Lunatic asylums Burma 1907-21 - 1907-1921
Year: 1907
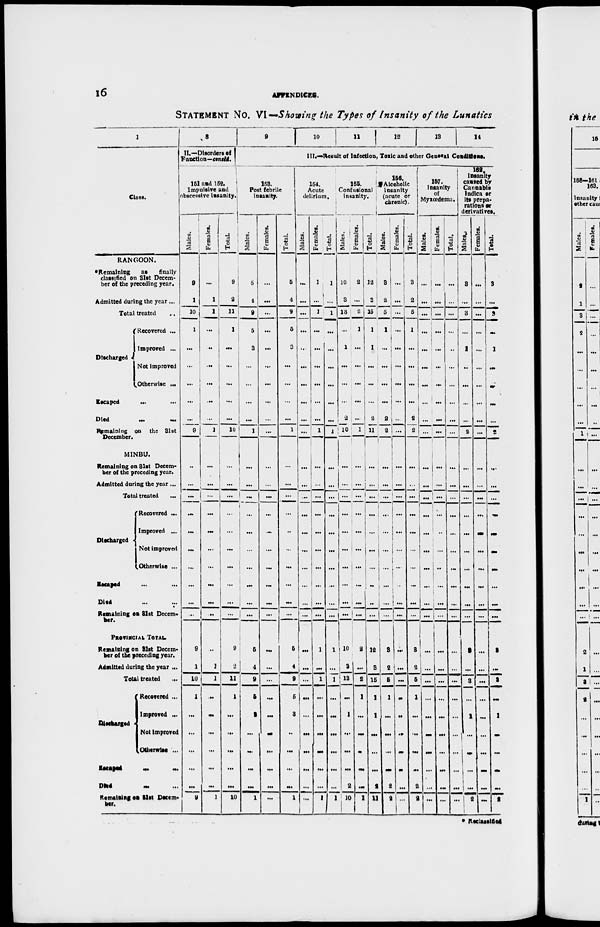
16
APPENDICES.
STATEMENT NO. VI—Showing the Types of Insanity of the Lunatics
1
Class.
RANGOON.
*Remaining
as
finaily
classified on 31st Decem-
ber of the preceding year.
Admitted during the year ...
Total treated ...
Discharged
Recovered ...
Improved ...
Not improved
Otherwise ...
Escaped ... ...
Died
...
...
Remaining on the 31st
December.
MINBU.
Remaining on 31st Decem-
ber of the preceding year.
Admitted during the year ...
Total treated
...
Discharged
Recovered ...
Improved ...
Not improved
Otherwise ...
Escaped ... ...
Died ... ...
Remaining on 31st Decem-
ber.
PROVINCIAL TOTAL
Remaining on 31st Decem-
ber of the preceding year.
Admitted during the year ...
Total treated
...
Discharged
Recovered ...
Improved ...
Not improved
Otherwise ...
Escaped ... ...
Died
... ...
Remaining en 31st Decem-
ber.
8
II.—Disorders of
Function—concld.
151 and 152.
Impulsive and
obscessive insanity.
Males.
9
1
10
1
...
...
...
...
...
9
...
...
...
...
...
...
...
...
...
...
9
1
10
1
...
...
...
...
...
9
Females.
...
1
1
...
...
...
...
...
...
1
...
...
...
...
...
...
...
...
...
...
...
1
1
...
...
...
...
...
...
1
Total.
9
2
11
1
...
...
...
...
...
10
...
...
...
...
...
...
...
...
...
...
9
2
11
1
...
...
...
...
...
10
9
10
11
12 13 14
III.—Result of Infection, Toxic and other General Conditions.
153.
Post febrile
insanity.
Males.
5
4
9
5
3
...
...
...
...
1
...
...
...
...
...
...
...
...
...
...
5
4
9
5
3
...
...
...
...
1
Females.
...
...
...
...
...
...
...
...
...
...
...
...
...
...
...
...
...
...
...
...
...
...
...
...
...
...
...
...
...
...
Total.
5
4
9
5
3
...
...
...
...
1
...
...
...
...
...
...
...
...
...
...
5
4
9
5
3
...
...
...
...
1
154.
Acute
delirium.
Males.
...
...
...
...
...
...
...
...
...
...
...
...
...
...
...
...
...
...
...
...
...
...
...
...
...
...
...
...
...
...
Females.
1
...
1
...
...
...
...
...
...
1
...
...
...
...
...
...
...
...
...
...
1
...
1
...
...
...
...
...
...
1
Total.
1
...
1
...
...
...
...
...
...
1
...
...
...
...
...
...
...
...
...
...
1
...
1
...
...
...
...
...
...
1
155.
Confusional
insanity.
Males.
10
3
13
...
1
...
...
...
2
10
...
...
...
...
...
...
...
...
...
...
...
10
3
13
...
1
...
...
...
2
10
Females.
2
...
2
1
...
...
...
...
...
1
...
...
...
...
...
...
...
...
...
...
...
2
...
2
1
...
...
...
...
...
1
Total.
12
3
15
1
1
...
...
...
2
1 1
...
...
...
...
...
...
...
...
...
...
...
12
3
15
1
1
...
...
...
2
11
156.
Alcoholic
insanity
(acute or
chronic).
Males.
3
2
5
1
...
...
...
...
2
2
...
...
...
...
...
...
...
...
...
...
3
2
5
1
...
...
...
...
2
2
Females.
...
...
...
...
...
...
...
...
...
...
...
...
...
...
...
...
...
...
...
...
...
...
...
...
...
...
...
...
...
...
Total.
3
2
5
1
...
...
...
...
2
2
...
...
...
...
...
...
...
...
...
...
3
2
5
1
...
...
...
...
2
2
157.
Insanity
of
Myxœdema.
Males.
...
...
...
...
...
...
...
...
...
...
...
...
...
...
...
...
...
...
...
...
...
...
...
...
...
...
...
...
...
Females.
...
...
...
...
...
...
...
...
...
...
...
...
...
...
...
...
...
...
...
...
...
...
...
...
...
...
...
...
...
...
Total.
...
...
...
...
...
...
...
...
...
...
...
...
...
...
...
...
...
...
...
...
...
...
...
...
...
...
...
...
...
...
162.
Insanity
caused by
Cannabis
Indica or
its prepa-
rations or
derivatives.
Males.
3
...
3
...
1
...
...
...
...
2
...
...
...
...
...
...
...
...
...
...
3
...
3
...
1
...
...
...
...
2
Females.
...
...
...
...
...
...
...
...
...
...
...
...
...
...
...
...
...
...
...
...
...
...
...
...
...
...
...
...
...
...
Total.
3
...
3
...
1
...
...
...
...
2
...
...
...
...
...
...
...
...
...
...
3
...
3
...
1
...
...
...
...
2
* Reclassified